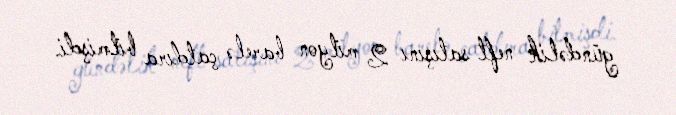
gündəlik neft satışını 2 milyon barelə çatdıra bilmişdi.